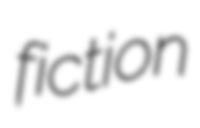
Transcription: fiction